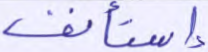
إستأنف